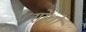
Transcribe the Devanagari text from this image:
सोंधो